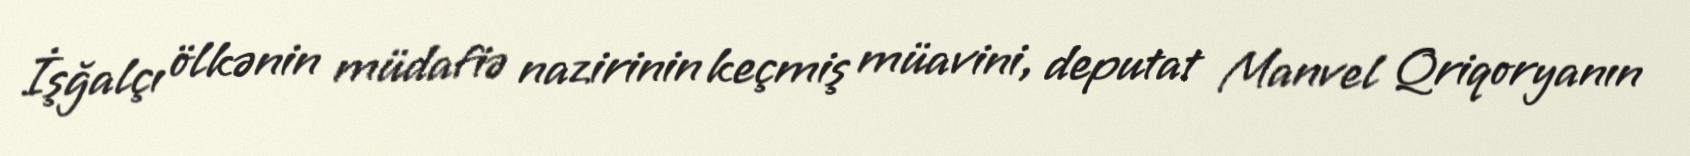
İşğalçı ölkənin müdafiə nazirinin keçmiş müavini, deputat Manvel Qriqoryanın